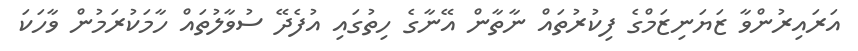
އަރައިރުންވާ ޒަޔަނިޒަމްގެ ފިކުރުތައް ނާތާން އޭނާގެ ހިތުގައި އުފެދޭ ސުވާލުތައް ހާމަކުރަމުން ވާހަކަ